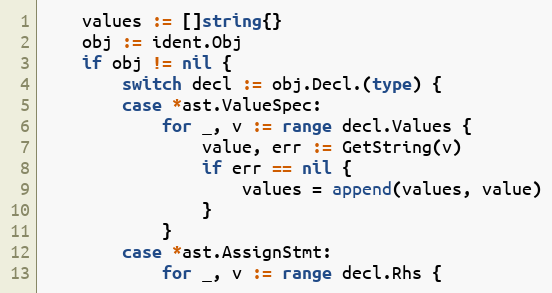
Language: Go
	values := []string{}
	obj := ident.Obj
	if obj != nil {
		switch decl := obj.Decl.(type) {
		case *ast.ValueSpec:
			for _, v := range decl.Values {
				value, err := GetString(v)
				if err == nil {
					values = append(values, value)
				}
			}
		case *ast.AssignStmt:
			for _, v := range decl.Rhs {